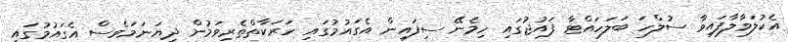
އެކުލަވާލާފައިވާ ސުލްހަ ބަލަހައްޓާ ފައުޖުގައި ހިމެނޭ ސިފައިން އެގައުމުގައި ހަރަކާތްތެރިވަމުން ދިޔަނަމަވެސް އެގައުމުގައި